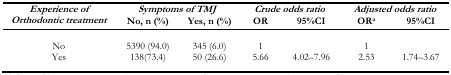
| <ROWSPAN=2> Experience of Orthodontic treatment | <COLSPAN=2> Symptoms of TMJ | <COLSPAN=2> Crude odds ratio | <COLSPAN=2> Adjusted odds ratio |
 | No, n (%) | Yes, n (%) | OR | 95%CI | ORa | 95%CI |
 | --- | --- | --- | --- | --- | --- | --- |
 | No | 5390 (94.0) | 345 (6.0) | 1 |  | 1 |  |
 | Yes | 138(73.4) | 50 (26.6) | 5.66 | 4.02–7.96 | 2.53 | 1.74–3.67 |